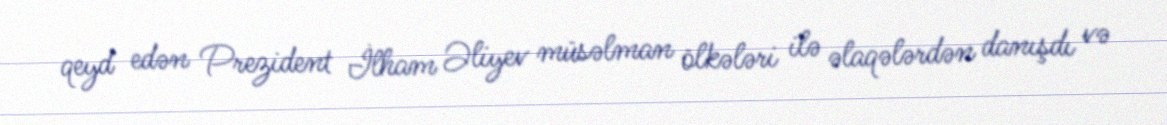
qeyd edən Prezident İlham Əliyev müsəlman ölkələri ilə əlaqələrdən danışdı və